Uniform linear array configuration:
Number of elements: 4
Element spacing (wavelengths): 0.25
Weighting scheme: exponential
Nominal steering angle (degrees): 15
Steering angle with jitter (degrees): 16.647
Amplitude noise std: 0.05
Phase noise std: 0.05

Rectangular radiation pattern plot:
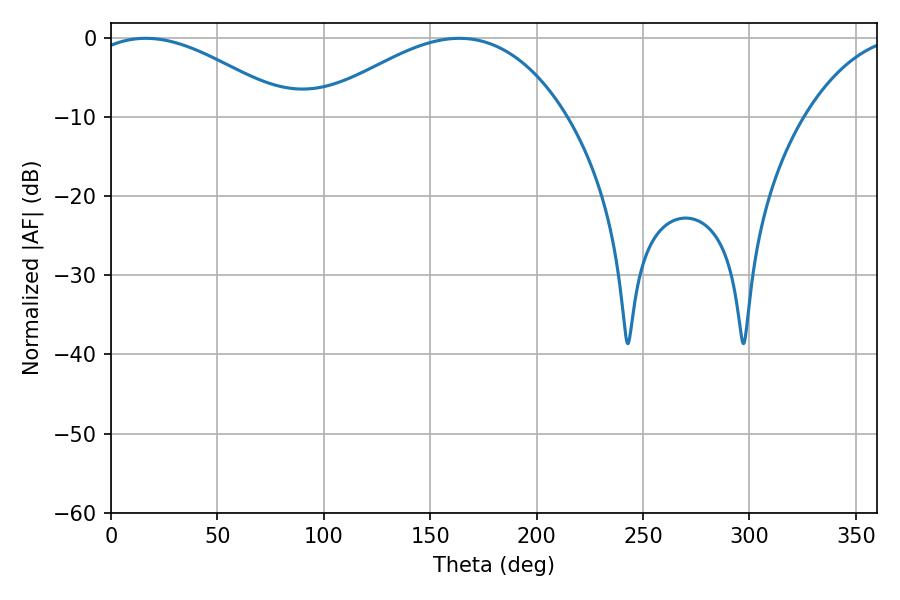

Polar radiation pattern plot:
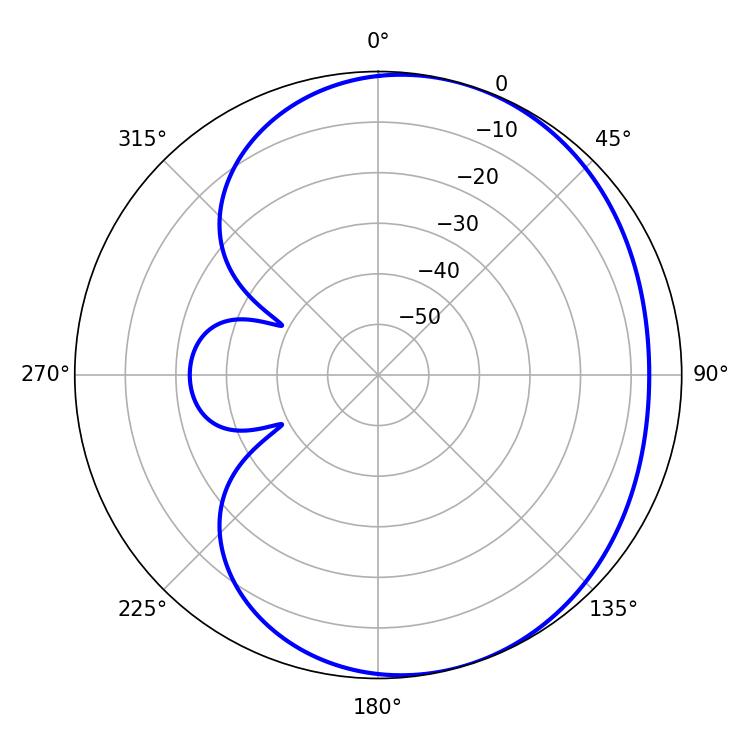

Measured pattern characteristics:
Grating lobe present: FALSE
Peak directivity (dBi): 3.689
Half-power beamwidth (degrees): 52.2
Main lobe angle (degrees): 16.38